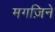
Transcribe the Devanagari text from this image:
मगज़िने